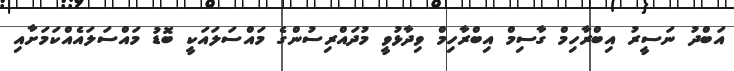
އަބްދު ނަސީރު އިބްރާހިމް ގާސިމް އިބްރާހިމް ވިދާޅުވީ މުދައްރިސުންގެ މައްސަލައަކީ ބޮޑު މައްސަލައެއްކަމަށާއި